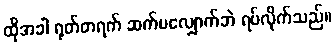
ထိုအခါ ရုတ်တရက် ဆက်မလျှောက်ဘဲ ရပ်လိုက်သည်။